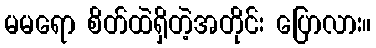
မမရော စိတ်ထဲရှိတဲ့အတိုင်း ပြောလား။